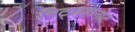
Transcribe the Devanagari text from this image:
निट्ज़होनोट